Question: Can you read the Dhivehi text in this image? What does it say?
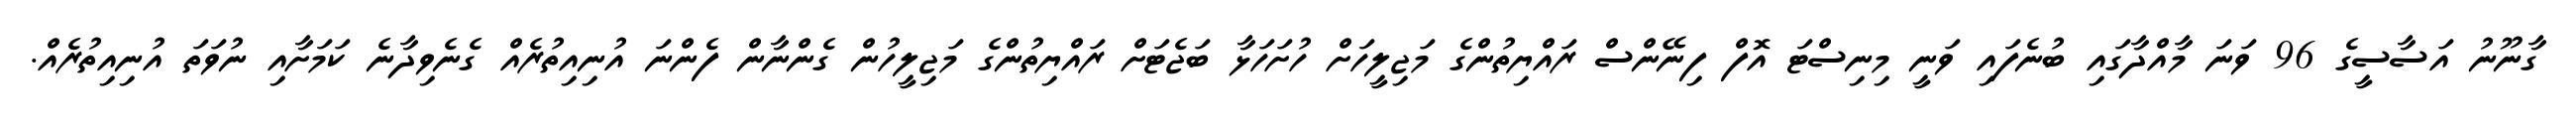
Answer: ގާނޫނު އަސާސީގެ 96 ވަނަ މާއްދާގައި ބުނެފައި ވަނީ މިނިސްޓަ އޮފް ފިނޭންސް ރައްޔިތުންގެ މަޖިލީހަށް ހުށަހަޅާ ބަޖެޓަށް ރައްޔިތުންގެ މަޖިލީހުން ގެންނާން ފެންނަ އުނިއިތުރެއް ގެނެވިދާނެ ކަމަށާއި ނުވަތަ އުނިއިތުރެއް.